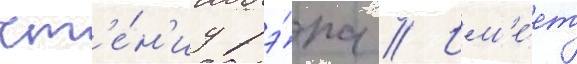
чт'е́н'иу рэ́па // Им'е́ет